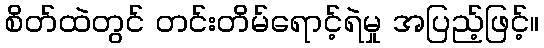
စိတ်ထဲတွင် တင်းတိမ်ရောင့်ရဲမှု အပြည့်ဖြင့်။